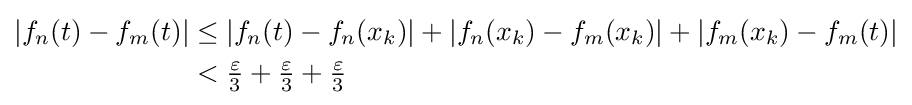
{\begin{aligned}\left|f_{n}(t)-f_{m}(t)\right|&\leq \left|f_{n}(t)-f_{n}(x_{k})\right|+|f_{n}(x_{k})-f_{m}(x_{k})|+|f_{m}(x_{k})-f_{m}(t)|\\&<{\tfrac {\varepsilon }{3}}+{\tfrac {\varepsilon }{3}}+{\tfrac {\varepsilon }{3}}\end{aligned}}